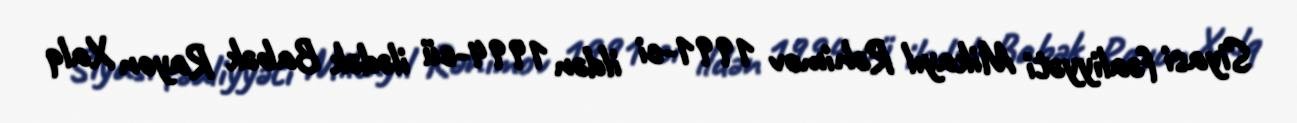
Siyasi fəaliyyəti Mikayıl Rəhimov 1991-ci ildən 1994-cü ilədək Babək Rayon Xalq